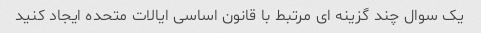
یک سوال چند گزینه ای مرتبط با قانون اساسی ایالات متحده ایجاد کنید